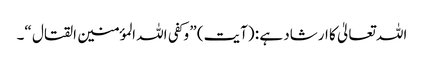
اللہ تعالیٰ کا ارشاد ہے : (آیت) ” وکفی اللہ المؤمنین القتال “۔